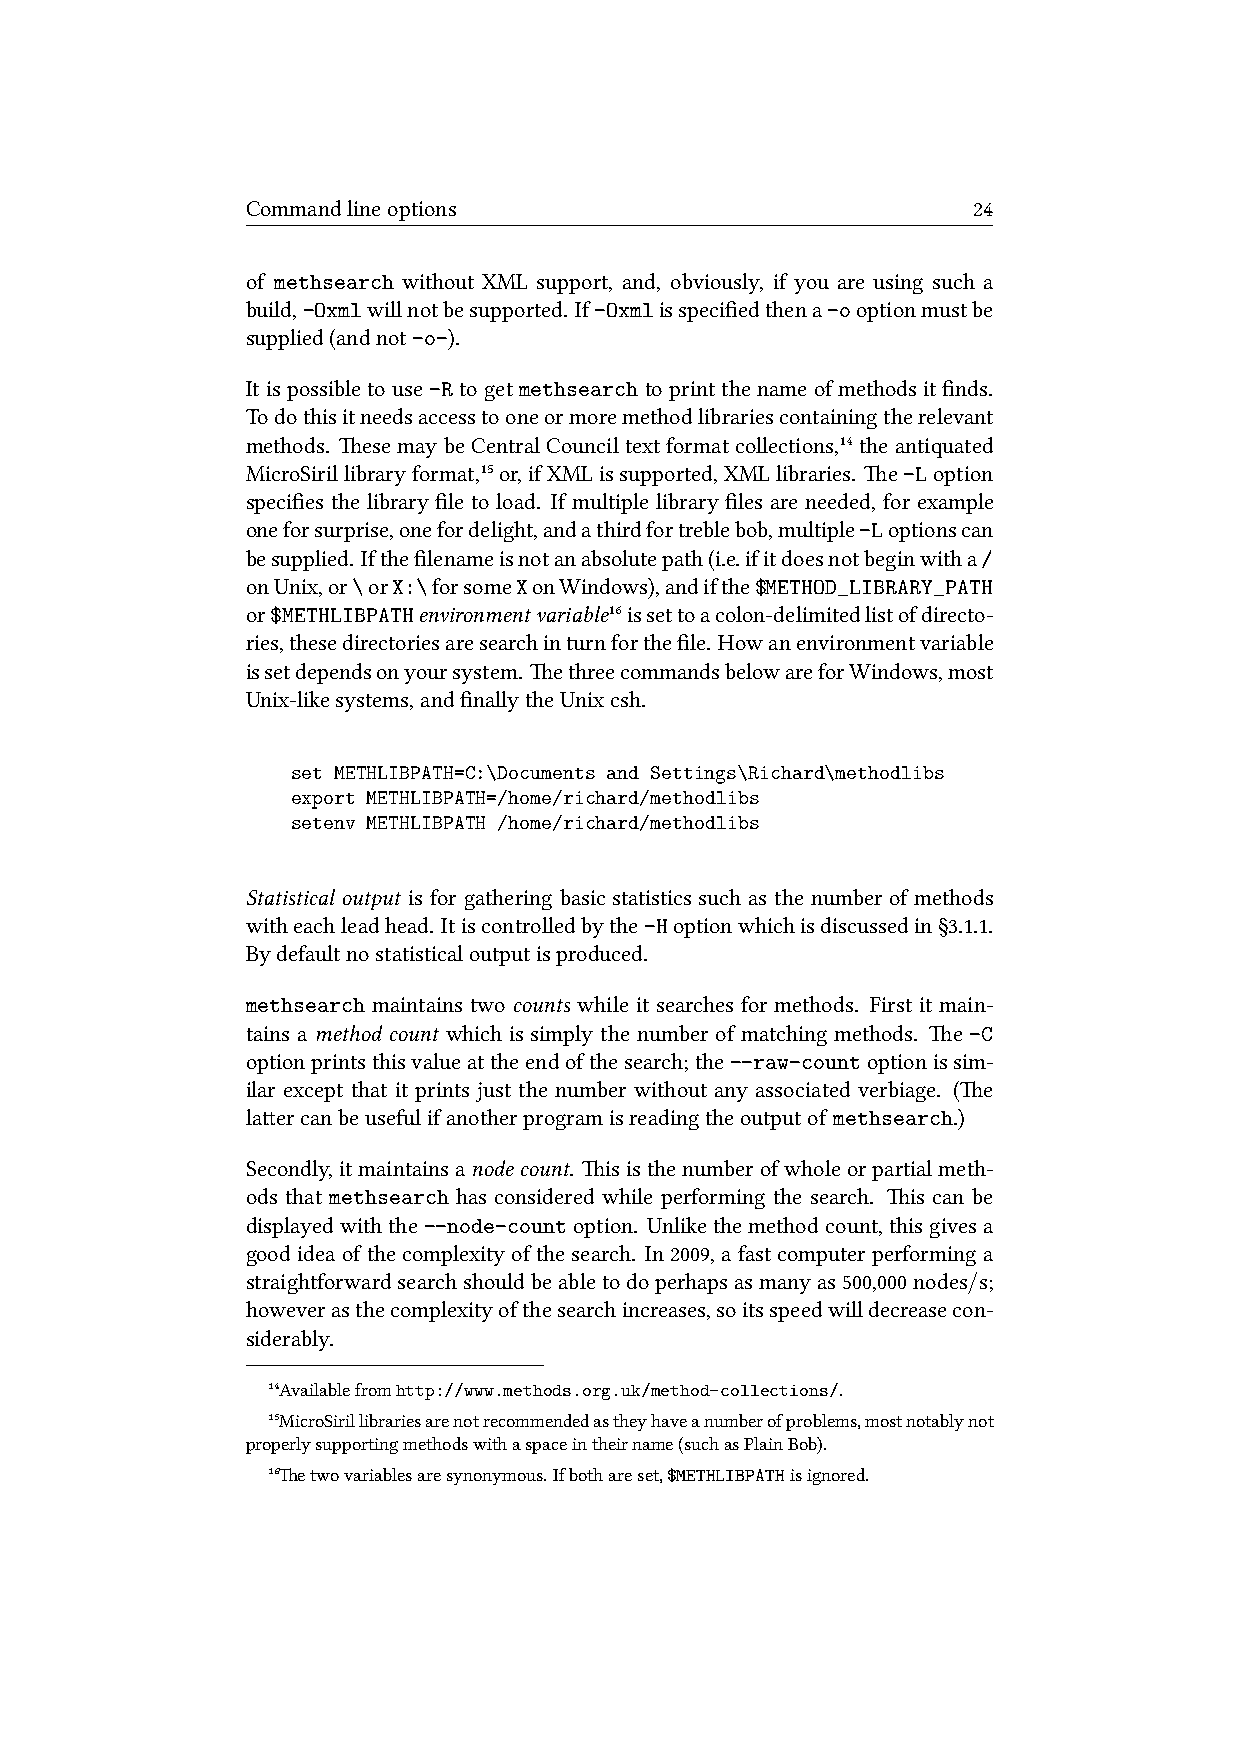
Commandlineoptions                              24
 of methsearch without XML support, and, obviously, if you are using such a
 build,-Oxmlwillnotbesupported. If-Oxmlisspecifiedthena-ooptionmustbe
 supplied(andnot-o-).
 Itispossibletouse-Rtogetmethsearchtoprintthenameofmethodsitfinds.
 Todothisitneedsaccesstooneormoremethodlibrariescontainingtherelevant
 methods. esemaybeCentralCounciltextformatcollections,¹⁴ theantiquated
 MicroSirillibraryformat,¹⁵or,ifXMLissupported,XMLlibraries. e-Loption
 specifies the library file to load. If multiple library files are needed, for example
 oneforsurprise,onefordelight,andathirdfortreblebob,multiple-Loptionscan
 besupplied. Ifthefilenameisnotanabsolutepath(i.e.ifitdoesnotbeginwitha/
 onUnix,or\orX:\forsomeXonWindows),andifthe$METHOD_LIBRARY_PATH
 or$METHLIBPATHenvironmentvariable¹⁶issettoacolon-delimitedlistofdirecto-
 ries,thesedirectoriesaresearchinturnforthefile. Howanenvironmentvariable
 issetdependsonyoursystem. ethreecommandsbelowareforWindows,most
 Unix-likesystems,andfinallytheUnixcsh.
 set METHLIBPATH=C:\Documents and Settings\Richard\methodlibs
 export METHLIBPATH=/home/richard/methodlibs
 setenv METHLIBPATH /home/richard/methodlibs
 Statistical output is for gathering basic statistics such as the number of methods
 witheachleadhead. Itiscontrolledbythe-Hoptionwhichisdiscussedin§3.1.1.
 Bydefaultnostatisticaloutputisproduced.
 methsearch maintains two counts while it searches for methods. First it main-
 tains a method count which is simply the number of matching methods. e -C
 optionprintsthisvalueattheendofthesearch;the--raw-countoptionissim-
 ilar except that it prints just the number without any associated verbiage. (e
 laercanbeusefulifanotherprogramisreadingtheoutputof methsearch.)
 Secondly,itmaintainsanodecount. isisthenumberofwholeorpartialmeth-
 ods that methsearch has considered while performing the search. is can be
 displayedwiththe--node-countoption. Unlikethemethodcount,thisgivesa
 goodideaofthecomplexityofthesearch. In2009, afastcomputerperforminga
 straightforwardsearchshouldbeabletodoperhapsasmanyas500,000nodes/s;
 howeverasthecomplexityofthesearchincreases,soitsspeedwilldecreasecon-
 siderably.
 ¹⁴Availablefromhttp://www.methods.org.uk/method-collections/.
 ¹⁵MicroSirillibrariesarenotrecommendedastheyhaveanumberofproblems,mostnotablynot
 properlysupportingmethodswithaspaceintheirname(suchasPlainBob).
 ¹⁶etwovariablesaresynonymous.Ifbothareset,$METHLIBPATHisignored.